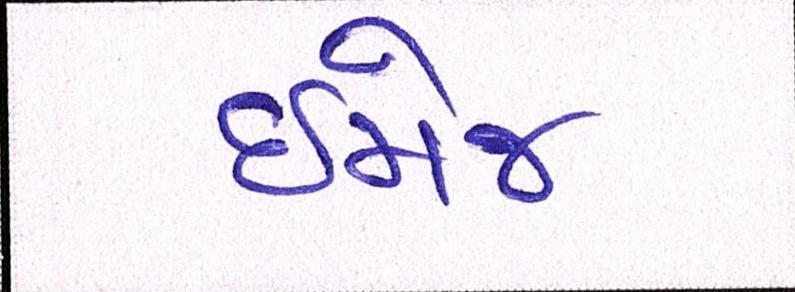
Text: ઇમેજ